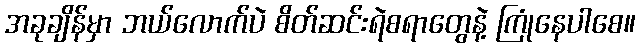
အခုချိန်မှာ ဘယ်လောက်ပဲ စိတ်ဆင်းရဲစရာတွေနဲ့ ကြုံနေပါစေ။